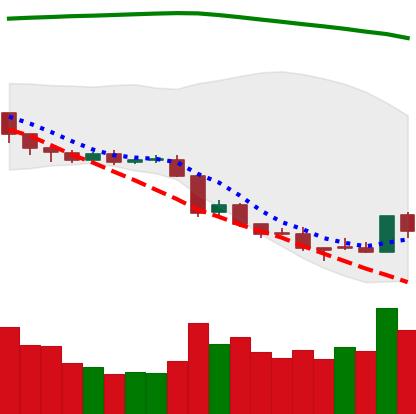
Ticker: EOS-USD
Chart end date: 2018-08-18
Forward return: -3.566%
Label: down_3_5